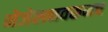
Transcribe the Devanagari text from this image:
मेजेलनवरूनच